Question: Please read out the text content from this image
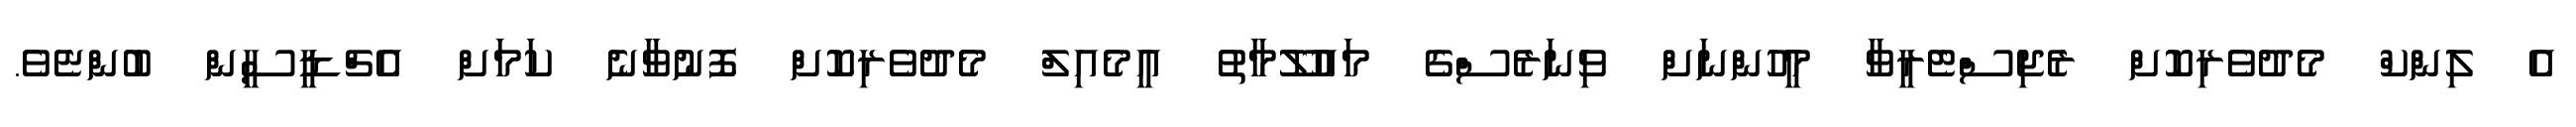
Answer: އެ ލިންކް މެދުވެރިކޮށް ރެޖިސްޓެރީވާ މީހުންނަށް ވިނަރެސްގެ މައުލޫމާތު އީމެއިލް މެދުވެރިކޮށް ފޮނުވާނެ ކަމަށް އެޗްޑީސީން ބުންޏެވެ.